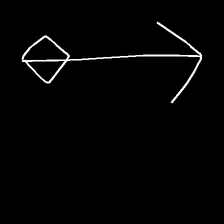
Glyph: focus